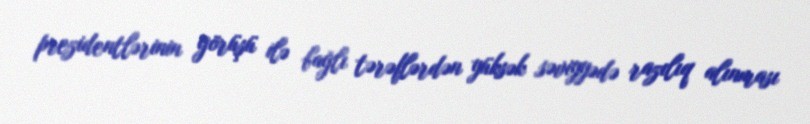
prezidentlərinin görüşü ilə bağlı tərəflərdən yüksək səviyyədə razılıq alınması